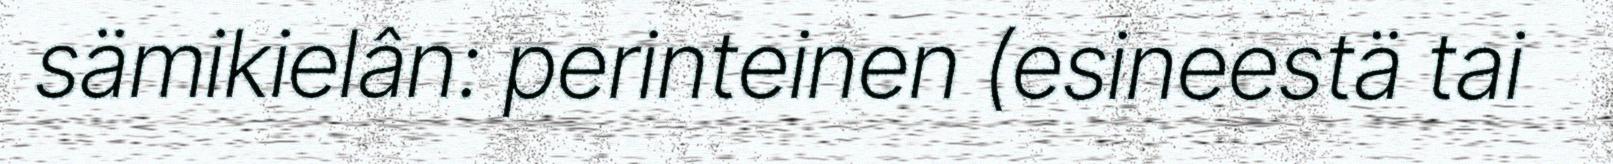
sämikielân: perinteinen (esineestä tai